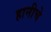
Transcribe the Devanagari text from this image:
हानीचे